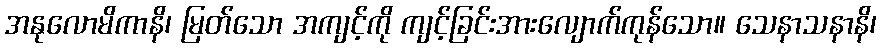
အနုလောမိကာနိ၊ မြတ်သော အကျင့်ကို ကျင့်ခြင်းအားလျောက်ကုန်သော။ သေနာသနာနိ၊